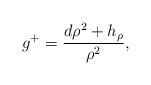
LaTeX: \begin{align*} g^{+}=\frac{d{\rho}^{2}+h_{\rho}}{\rho^2}, \end{align*}